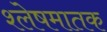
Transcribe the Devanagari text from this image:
श्लेषमातक